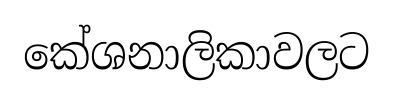
කේශනාලිකාවලට